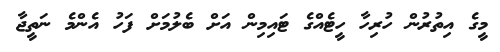
މީގެ އިތުރުން ހުރިހާ ހީޓެއްގެ ޓައިމިން އަށް ބެލުމަށް ފަހު އެންމެ ނަތީޖާ